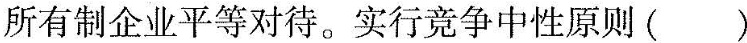
所有制企业平等对待。实行竞争中性原则()